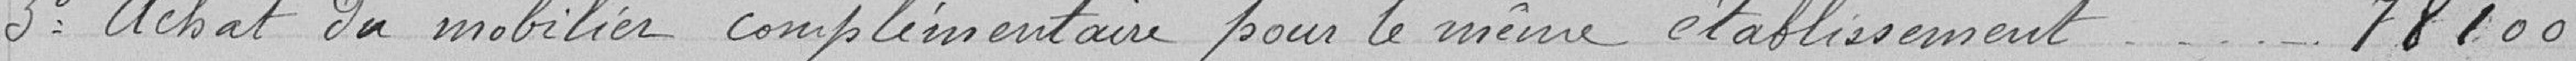
3° Achat du mobilier complémentaire pour le même établissement - - - - - 78100